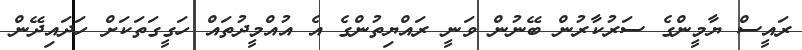
ރައީސް ޔާމީންގެ ސަރުކާރުން ބޭނުން ވަނީ ރައްޔިތުންގެ އެ އުއްމީދުތައް ހަގީގަތަކަށް ހަދައިދޭން